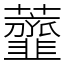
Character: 虀